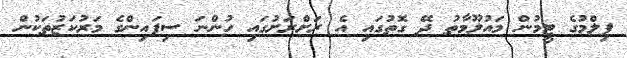
ފިލްމުގެ ޓީމުން މައުލޫމާތު ދޭ ގޮތުގައި އެ ރަށްރަށުގައި ހުންނަ ސިފައިންގެ މަރުކަޒުތަކުން